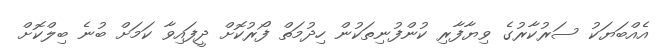
އެއްބަޔަކު ސަރުކާރުގެ ވިޔާފާރި ކުންފުނިތަކުން ހިދުމަތް ފޯރުކޮށް ދީފައިވާ ކަމަށް ބުނެ ބިލްކޮށް